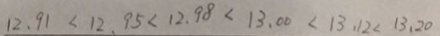
1 2 . 9 1 < 1 2 . 9 5 < 1 2 . 9 8 < 1 3 . 0 0 < 1 3 . 1 2 < 1 3 . 2 0